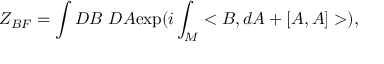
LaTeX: Z _ { B F } = \int D B ~ D A \mathrm { e x p } ( i \int _ { M } < B , d A + [ A , A ] > ) ,